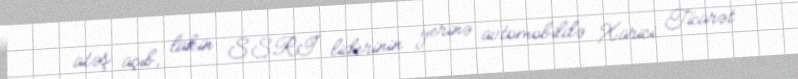
atəş açıb, lakin SSRİ liderinin yerinə avtomobildə Xarici Ticarət